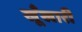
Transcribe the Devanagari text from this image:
खूँखारी